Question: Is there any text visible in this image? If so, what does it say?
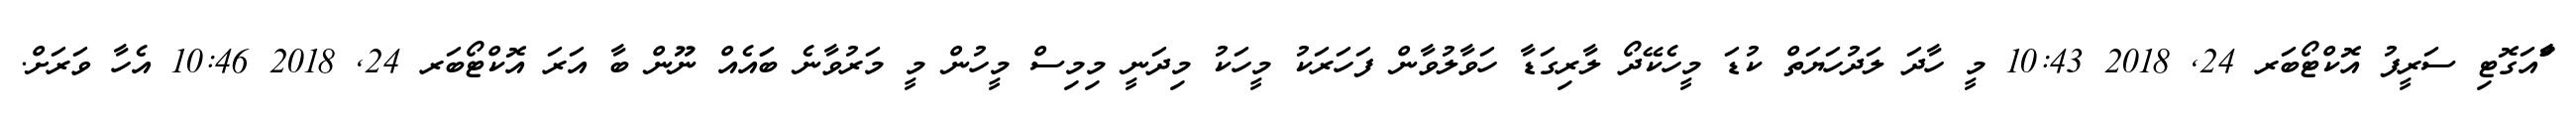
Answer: ާަަާްއަގޮޓި ސަރީފު އޮކްޓޯބަރ 24, 2018 10:43 މީ ހާދަ ލަދުހަޔަތް ކުޑަ މީހެކޭދޯ ލާރިގަޑާ ހަވާލުވާން ފަހަރަކު މީހަކު މިދަނީ މިމިސް މީހުން މީ މަރުވާނެ ބަައެއް ނޫން ބާ އަރަ އޮކްޓޯބަރ 24, 2018 10:46 އެހާ ވަރަށް.